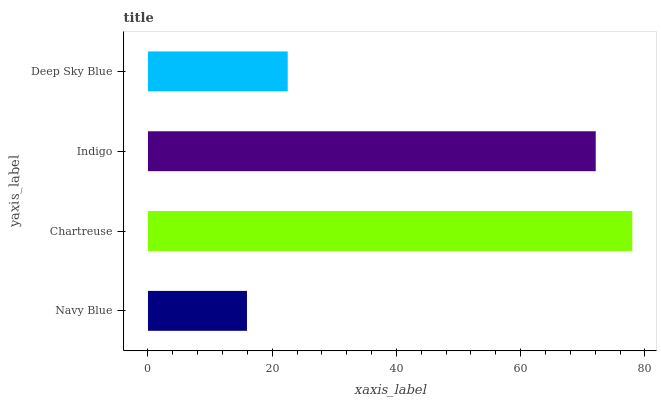
| yaxis_label | bars |
 | --- | --- |
 | Navy Blue | 15.9 |
 | Chartreuse | 78 |
 | Indigo | 72.1 |
 | Deep Sky Blue | 22.5 |